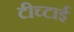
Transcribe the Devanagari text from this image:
टीच्टाई